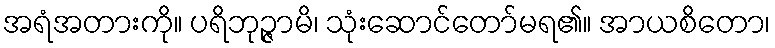
အရံအတားကို။ ပရိဘုဉ္ဇာမိ၊ သုံးဆောင်တော်မရ၏။ အာယစိတော၊